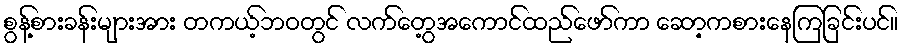
စွန့်စားခန်းများအား တကယ့်ဘဝတွင် လက်တွေ့အကောင်ထည်ဖော်ကာ ဆော့ကစားနေကြခြင်းပင်။